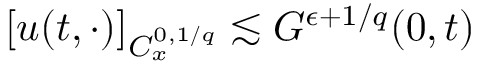
[ u ( t , \cdot ) ] _ { C _ { x } ^ { 0 , 1 / q } } \lesssim G ^ { \epsilon + 1 / q } ( 0 , t )